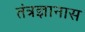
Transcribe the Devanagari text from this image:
तंत्रज्ञानास